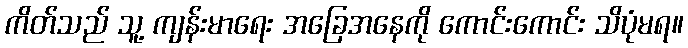
ကိတ်သည် သူ့ ကျန်းမာရေး အခြေအနေကို ကောင်းကောင်း သိပုံမရ။